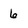
Character: 6